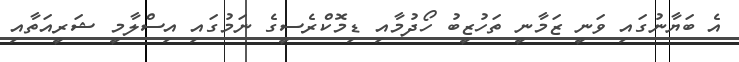
އެ ބަޔާނުގައި ވަނީ ޒަމާނީ ތަހުޒީބު ހޯދުމާއި ޑިމޮކްރެސީގެ ނަމުގައި އިސްލާމީ ޝަރީއަތާއި